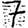
Digit: 7